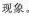
现象。